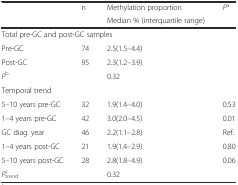
<table><thead><tr><td rowspan="2"></td><td rowspan="2"><b>n</b></td><td><b>Methylation proportion</b></td><td rowspan="2"><b><i>P</i><sup>a</sup></b></td></tr><tr><td><b>Median % (interquartile range)</b></td></tr></thead><tbody><tr><td colspan="4">Total pre-GC and post-GC samples</td></tr><tr><td>Pre-GC</td><td>74</td><td>2.5(1.5–4.4)</td><td></td></tr><tr><td>Post-GC</td><td>95</td><td>2.3(1.2–3.9)</td><td></td></tr><tr><td><i>P</i><sup>b</sup></td><td></td><td>0.32</td><td></td></tr><tr><td colspan="4">Temporal trend</td></tr><tr><td>5–10 years pre-GC</td><td>32</td><td>1.9(1.4–4.0)</td><td>0.53</td></tr><tr><td>1–4 years pre-GC</td><td>42</td><td>3.0(2.0–4.5)</td><td>0.01</td></tr><tr><td>GC diag. year</td><td>46</td><td>2.2(1.1–2.8)</td><td>Ref.</td></tr><tr><td>1–4 years post-GC</td><td>21</td><td>1.9(1.4–2.9)</td><td>0.80</td></tr><tr><td>5–10 years post-GC</td><td>28</td><td>2.8(1.8–4.9)</td><td>0.06</td></tr><tr><td><i>P</i><sub>trend</sub><sup>c</sup></td><td></td><td>0.32</td><td></td></tr></tbody></table>